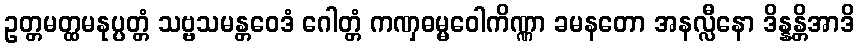
ဥတ္တမတ္ထမနုပ္ပတ္တံ သဗ္ဗသမန္တဝေဒံ ဂေါတ္တံ ကဏှဓမ္မဝေါကိဏ္ဏာ ခမနတော အနလ္လီနော ဒိန္နန္တိအာဒိ